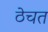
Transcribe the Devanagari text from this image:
ठेचत